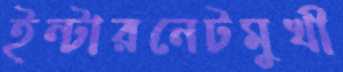
ইন্টারনেটমুখী